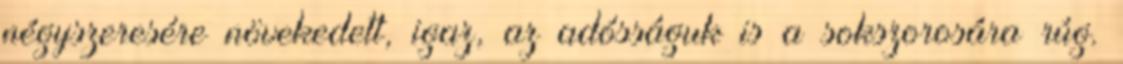
négyszeresére növekedett, igaz, az adósságuk is a sokszorosára rúg.